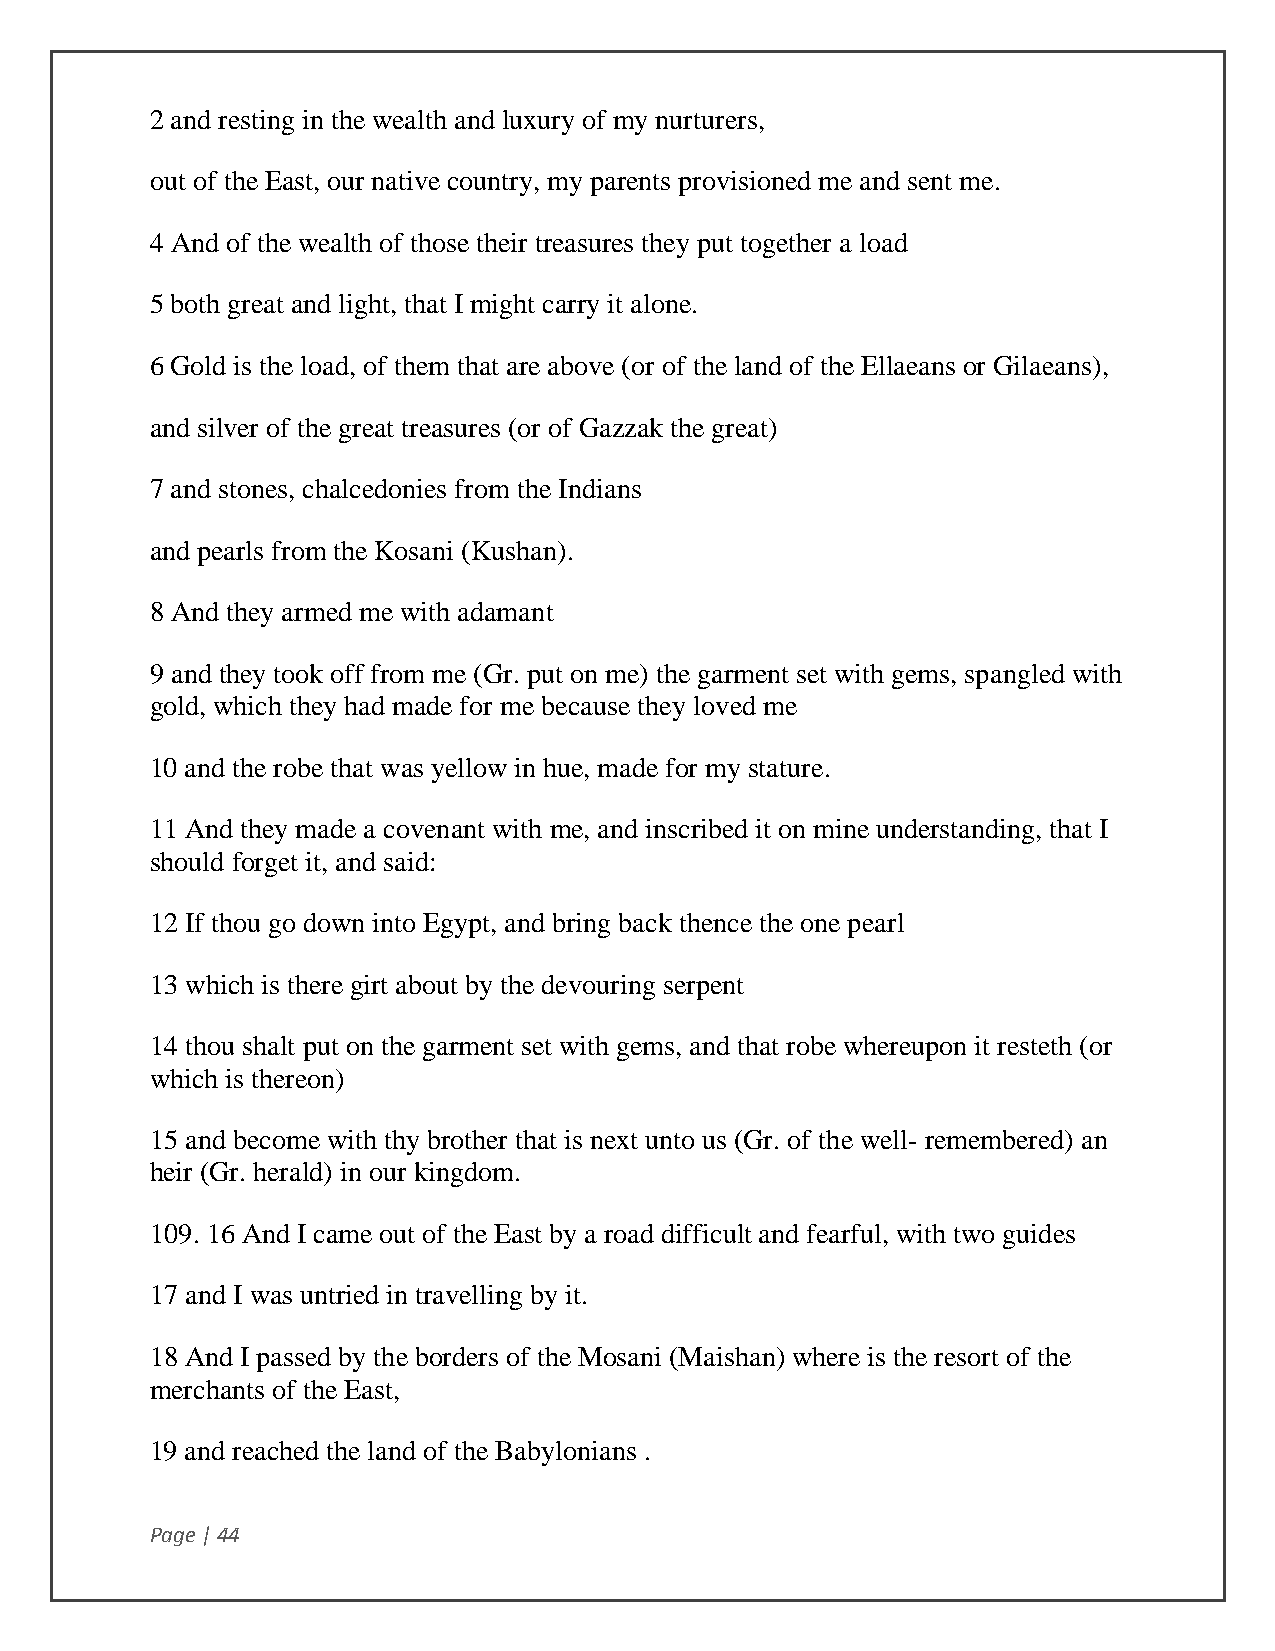
2 and resting in the wealth and luxury of my nurturers,
 out of the East, our native country, my parents provisioned me and sent me.
 4 And of the wealth of those their treasures they put together a load
 5 both great and light, that I might carry it alone.
 6 Gold is the load, of them that are above (or of the land of the Ellaeans or Gilaeans),
 and silver of the great treasures (or of Gazzak the great)
 7 and stones, chalcedonies from the Indians
 and pearls from the Kosani (Kushan).
 8 And they armed me with adamant
 9 and they took off from me (Gr. put on me) the garment set with gems, spangled with
 gold, which they had made for me because they loved me
 10 and the robe that was yellow in hue, made for my stature.
 11 And they made a covenant with me, and inscribed it on mine understanding, that I
 should forget it, and said:
 12 If thou go down into Egypt, and bring back thence the one pearl
 13 which is there girt about by the devouring serpent
 14 thou shalt put on the garment set with gems, and that robe whereupon it resteth (or
 which is thereon)
 15 and become with thy brother that is next unto us (Gr. of the well- remembered) an
 heir (Gr. herald) in our kingdom.
 109. 16 And I came out of the East by a road difficult and fearful, with two guides
 17 and I was untried in travelling by it.
 18 And I passed by the borders of the Mosani (Maishan) where is the resort of the
 merchants of the East,
 19 and reached the land of the Babylonians .
 Page | 44